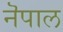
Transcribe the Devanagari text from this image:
नॆपाल